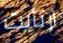
ارتأيت